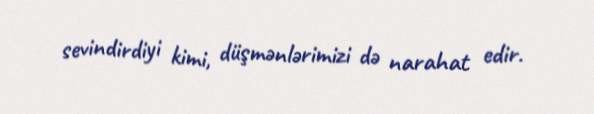
sevindirdiyi kimi, düşmənlərimizi də narahat edir.